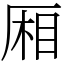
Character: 厢